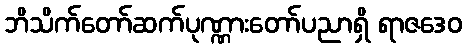
ဘိသိက်တော်ဆက်ပုဏ္ဏားတော်ပညာရှိ ရာဇဒေဝ